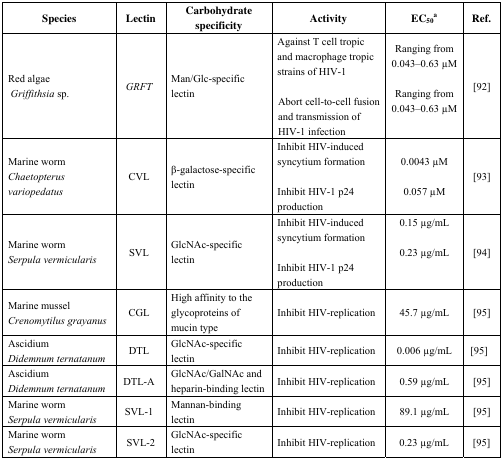
<table><thead><tr><td><b>Species</b></td><td><b>Lectin</b></td><td><b>Carbohydrate specificity</b></td><td><b>Activity</b></td><td><b>EC<sub>50</sub>a</b></td><td><b>Ref.</b></td></tr></thead><tbody><tr><td rowspan="2">Red algae<i>Griffithsia</i> sp.</td><td rowspan="2"><i>GRFT</i></td><td rowspan="2">Man/Glc-specific lectin</td><td>Against T cell tropic and macrophage tropic strains of HIV-1</td><td>Ranging from 0.043–0.63 μM</td><td rowspan="2">[92]</td></tr><tr><td>Abort cell-to-cell fusion and transmission of HIV-1 infection</td><td>Ranging from 0.043–0.63 μM</td></tr><tr><td rowspan="2">Marine worm<i>Chaetopterus variopedatus</i></td><td rowspan="2">CVL</td><td rowspan="2">β-galactose-specific lectin</td><td>Inhibit HIV-induced syncytium formation</td><td>0.0043 μM</td><td rowspan="2">[93]</td></tr><tr><td>Inhibit HIV-1 p24 production</td><td>0.057 μM</td></tr><tr><td rowspan="2">Marine worm<i>Serpula vermicularis</i></td><td rowspan="2">SVL</td><td rowspan="2">GlcNAc-specific lectin</td><td>Inhibit HIV-induced syncytium formation</td><td>0.15 μg/mL</td><td rowspan="2">[94]</td></tr><tr><td>Inhibit HIV-1 p24 production</td><td>0.23 μg/mL</td></tr><tr><td>Marine mussel<i>Crenomytilus grayanus</i></td><td>CGL</td><td>High affinity to the glycoproteins of mucin type</td><td>Inhibit HIV-replication</td><td>45.7 μg/mL</td><td>[95]</td></tr><tr><td>Ascidium<i>Didemnum ternatanum</i></td><td>DTL</td><td>GlcNAc-specific lectin</td><td>Inhibit HIV-replication</td><td>0.006 μg/mL</td><td>[95]</td></tr><tr><td>Ascidium<i>Didemnum ternatanum</i></td><td>DTL-A</td><td>GlcNAc/GalNAc and heparin-binding lectin</td><td>Inhibit HIV-replication</td><td>0.59 μg/mL</td><td>[95]</td></tr><tr><td>Marine worm<i>Serpula vermicularis</i></td><td>SVL-1</td><td>Mannan-binding lectin</td><td>Inhibit HIV-replication</td><td>89.1 μg/mL</td><td>[95]</td></tr><tr><td>Marine worm<i>Serpula vermicularis</i></td><td>SVL-2</td><td>GlcNAc-specific lectin</td><td>Inhibit HIV-replication</td><td>0.23 μg/mL</td><td>[95]</td></tr></tbody></table>